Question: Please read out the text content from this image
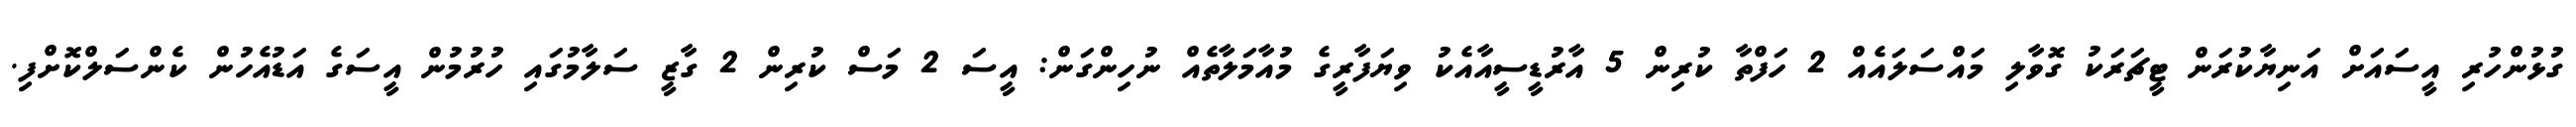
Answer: ގުޅުންހުރި އީސައަށް އަނިޔާކުރަން ޓީޗަރަކު ގޮވާލި މައްސަލައެއް 2 ހަފްތާ ކުރިން 5 އާރުޑީސީއާއެކު ވިޔަފާރީގެ މުއާމަލާތެއް ނުހިންގަން: އީސަ 2 މަސް ކުރިން 2 ގާޒީ ސަލާމުގައި ހުރުމުން އީސަގެ އަޑުއެހުން ކެންސަލްކޮށްފި.